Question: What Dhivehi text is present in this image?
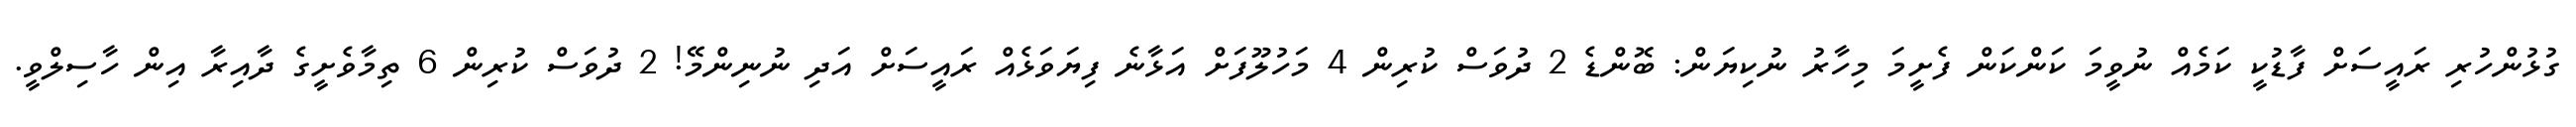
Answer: ގުޅުންހުރި ރައީސަށް ފާޑުކީ ކަމެއް ނުވީމަ ކަންކަން ފެށީމަ މިހާރު ނުކިޔަން: ބޮންޑެ 2 ދުވަސް ކުރިން 4 މަހުލޫފަށް އަޅާނެ ފިޔަވަޅެއް ރައީސަށް އަދި ނުނިންމޭ! 2 ދުވަސް ކުރިން 6 ތިމާވެށީގެ ދާއިރާ އިން ހާސިލްވީ.